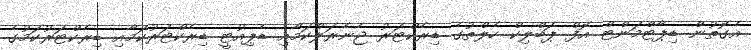
އެގޮތުން ޑިޕާޓްމަންޓް އޮފް ޕަބްލިކް ހެލްތުގެ ޑިރެކްޓަރު ޖެނެރަލްކަމާއި ޑެޕިއުޓީ ޑިރެކްޓަރުކަމާއި ޑިރެކްޓަރުކަމުގެ